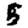
Digit: 5